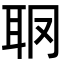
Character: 𦕋